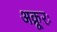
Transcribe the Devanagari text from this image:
अक्रूरः